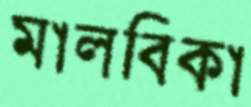
মালবিকা